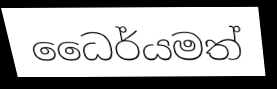
ධෛර්යමත්